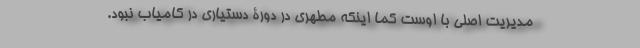
مدیریت اصلی با اوست کما اینکه مطهری در دورۀ دستیاری در کامیاب نبود.